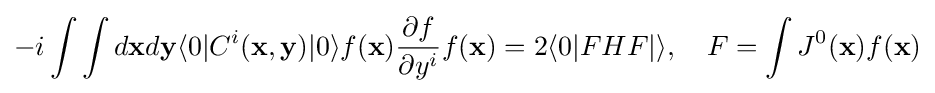
-i\int \int d\mathbf {x} d\mathbf {y} \langle 0|C^{i}(\mathbf {x} ,\mathbf {y} )|0\rangle f(\mathbf {x} ){\frac {\partial f}{\partial y^{i}}}f(\mathbf {x} )=2\langle 0|FHF|\rangle ,\quad F=\int J^{0}(\mathbf {x} )f(\mathbf {x} )